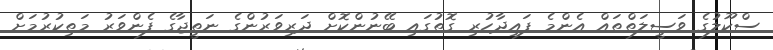
ސްކޫލުގެ ވަސީލަތްތައް އެންމެ ފައިދާހުރި ގޮތުގައި ބޭނުންކޮށް ދަރިވަރުންގެ ނަތީޖާގެ ފެންވަރު މަތިކުރުމަށް